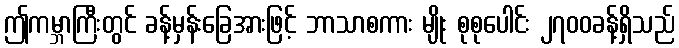
ဤကမ္ဘာကြီးတွင် ခန့်မှန်းခြေအားဖြင့် ဘာသာစကား မျိုး စုစုပေါင်း ၂၇၀၀ခန့်ရှိသည်